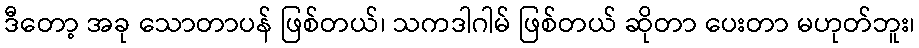
ဒီတော့ အခု သောတာပန် ဖြစ်တယ်၊ သကဒါဂါမ် ဖြစ်တယ် ဆိုတာ ပေးတာ မဟုတ်ဘူး၊